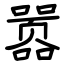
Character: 嚣